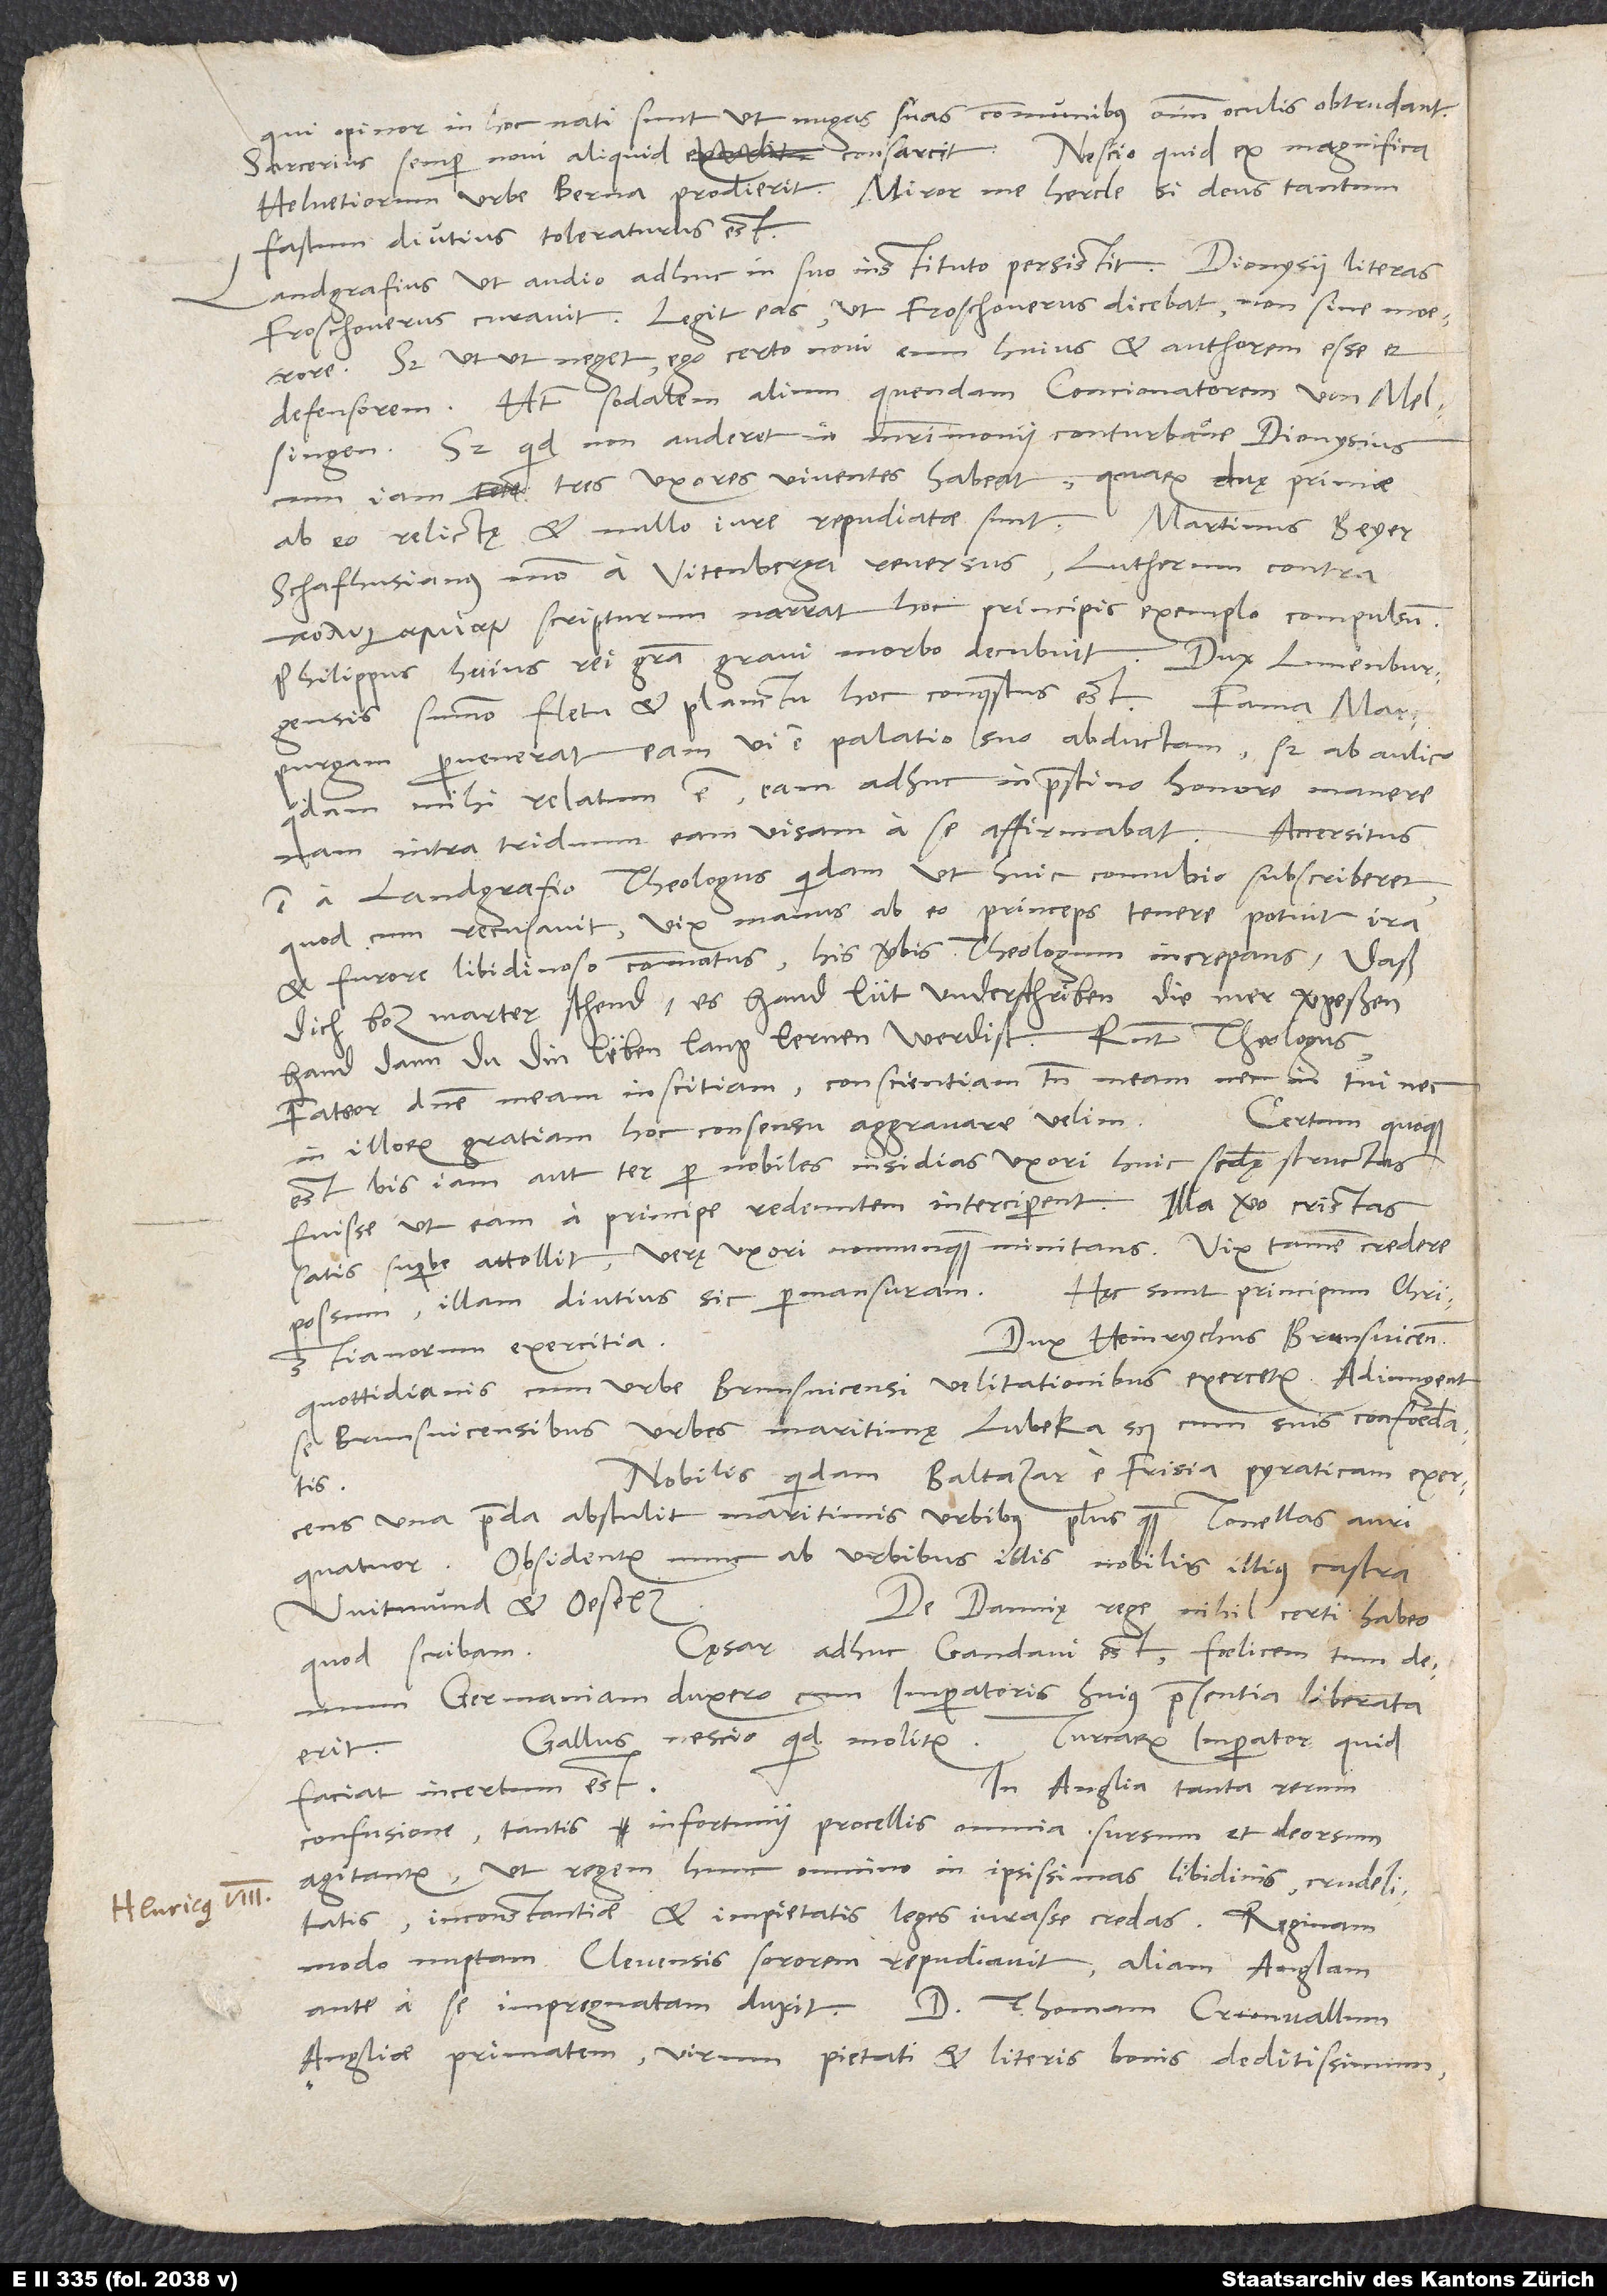
qui, opinor, in hoc nati sunt, ut nuges suas communibus omnium oculis obtrudant.
Sarcerius semper novi aliquid consarcit. Nescio quid „ex magnifica
Helvetiorum urbe Berna“ prodierit; miror me hercle, si deus tantum
fastum diutius toleraturus est.
Landgrafius, ut audio, adhuc in suo instituto persistit. Dionysii literas
Froschouerus curavit. Legit eas, ut Froschouerus dicebat, non sine moerore.
Sed utut neget, ego certo novi eum huius et authorem esse et
defensorem. Habet sodalem alium, quendam concionatorem von Melsingen.
Sed quid non auderet in matrimonii conturbatione Dionysius,
cum iam tres uxores viventes habeat, quarum duę primae
Schafhusianus modo a Vitenberga reversus Lutherum contra
scripturum narrat hoc principis exemplo compulsum.
Philippus huius rei gratia gravi morbo decubuit. Dux Lunenburgensis
summo fletu et planctu hoc conquestus est. Fama Marpurgam
pervenerat eam vi e palatio suo abductam, sed ab aulico
quodam mihi relatum est eam adhuc in pristino honore manere,
nam intra triduum eam visam a se affirmabat.
est a landgrafio theologus quidam, ut huic connubio subscriberet,
quod cum recusavit, vix manus ab eo princeps tenere potuit ira
et furore libidinoso commotus, his verbis theologum increpans: „Daß
dich boz marter schend; es hand lüt underschriben, die mer vergessen
hand, dann du din leben lang lernen werdist.“ Respondit theologus:
„Fateor, domine, meam inscitiam; conscientiam tamen meam nec in tui nec
Certum quoque
in illorum gratiam hoc consensu aggravare velim.“
est bis iam aut ter per nobiles insidias uxori huic secundę structas
fuisse, ut eam a principe redeuntem interciperent. Illa vero cristas
satis superbe attollit, verę uxori nonnunquam minitans. Vix tamen credere
Hęc sunt principum christianorum
possum illam diutius sic permansuram.
Dux Heinrychus Brunsvicensis
quottidianis cum urbe Brunsvicensi velitationibus exercetur. Adiungent
se Brunsvicensibus urbes maritimę, Lubeka scilicet cum suis confoederatis.
Nobilis quidam Baltazar e Frisia pyraticam exercens
una praeda abstulit maritimis urbibus plus quam tonellas auri
quatuor. Obsidentur nunc ab urbibus illis nobilis illius castra
Witmund et Oeselz.
De Dannię rege nihil certi habeo,
Cęsar adhuc Gandavi est; foelicem tum demum
quod scribam.
Germaniam duxero, cum imperatoris huius praesentia liberata
Gallus nescio quid molitur. Turcarum imperator quid
erit.
In Anglia tanta rerum
faciat, incertum est.
confusione, tantis infortunii procellis omnia sursum et deorsum
agitantur, ut regem hunc omnino in ipsissimas libidinis, crudelitatis,
inconstantiae et impietatis leges iurasse credas. Reginam
modo nuptam, Clevensis sororem, repudiavit, aliam Anglam
ante a se impregnatam duxit. D Thomam Crunvallum,
Angliae primatem, virum pietati et literis bonis deditissimum,